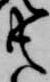
共